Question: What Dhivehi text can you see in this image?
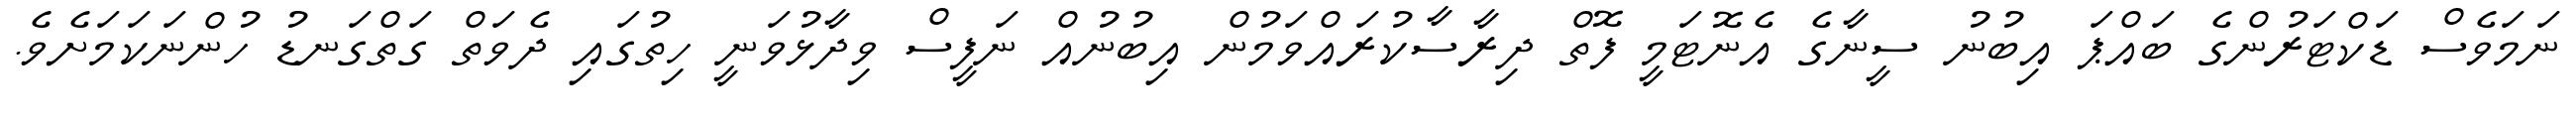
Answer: ނަމަވެސް ޑަކްޓަރުންގެ ބައްޕަ އިބުނު ސީނާގެ އެނޮޓަމީ ފޮތް ދިރާސާކުރައްވަމުން އިބުނުއް ނަފީސް ވިދާޅުވަނީ ހިތުގައި ދެވަތް ގަތްގަނޑު ހުންނަކަމަށެވެ.